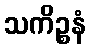
သကိဉ္စနံ